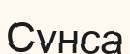
Сунса